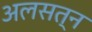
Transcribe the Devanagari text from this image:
अलसत्न